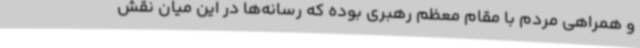
و همراهی مردم با مقام معظم رهبری بوده که رسانه‌ها در این میان نقش